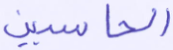
الحاسبين